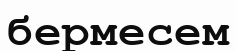
бермесем